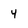
Character: 4